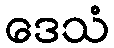
ဒေသံ